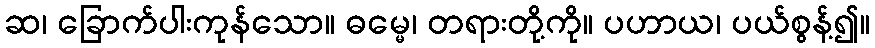
ဆ၊ ခြောက်ပါးကုန်သော။ ဓမ္မေ၊ တရားတို့ကို။ ပဟာယ၊ ပယ်စွန့်၍။